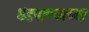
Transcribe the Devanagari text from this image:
थंडपाण्याच्या